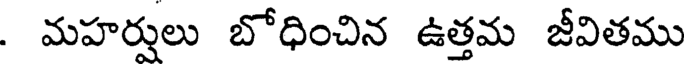
. మహర్షులు బోధించిన ఉత్తమ జీవితము